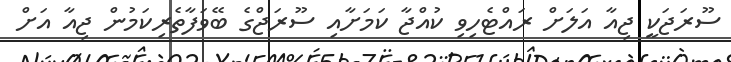
ސޫރަޖަކީ ޖިއާ އަލަށް ރައްޓެހިވި ކުއްޖާ ކަމަށާއި ސޫރަޖްގެ ބޭވަފާތެރިކަމުން ޖިއާ އަށް